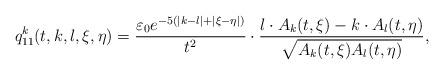
LaTeX: \begin{align*}q_{11}^k(t,k,l,\xi,\eta)=\frac{\varepsilon_0e^{-5(|k-l|+|\xi-\eta|)}}{t^2}\cdot\frac{l\cdot A_k(t,\xi)-k\cdot A_l(t,\eta)}{\sqrt{A_k(t,\xi)A_l(t,\eta)}},\end{align*}